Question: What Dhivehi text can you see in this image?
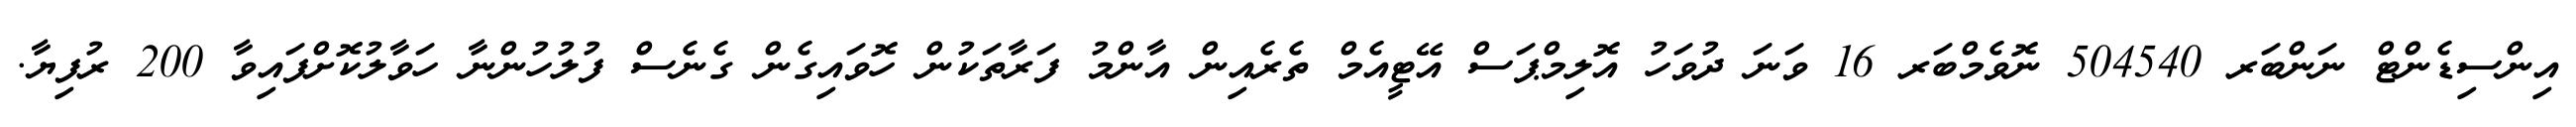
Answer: އިންސިޑެންޓް ނަންބަރ 504540 ނޮވެމްބަރ 16 ވަނަ ދުވަހު އޮލިމްޕަސް އޭޓީއެމް ތެރެއިން އާންމު ފަރާތަކުން ހޮވައިގެން ގެނެސް ފުލުހުންނާ ހަވާލުކޮށްފައިވާ 200 ރުފިޔާ.